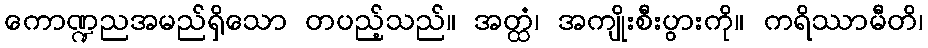
ကောဏ္ဍညအမည်ရှိသော တပည့်သည်။ အတ္ထံ၊ အကျိုးစီးပွားကို။ ကရိဿာမီတိ၊